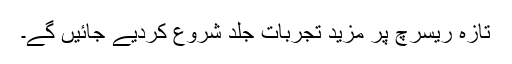
تازہ ریسرچ پر مزید تجربات جلد شروع کردیے جائیں گے۔